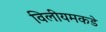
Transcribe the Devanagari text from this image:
विलीयमकडे